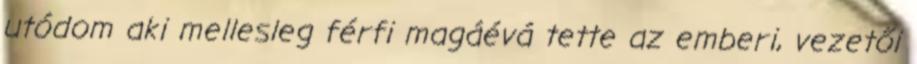
utódom aki mellesleg férfi magáévá tette az emberi, vezetői